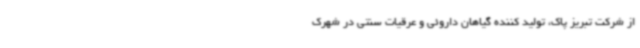
از شرکت تبریز پاک، تولید کننده گیاهان داروئی و عرقیات سنتی در شهرک